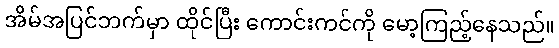
အိမ်အပြင်ဘက်မှာ ထိုင်ပြီး ကောင်းကင်ကို မော့ကြည့်နေသည်။